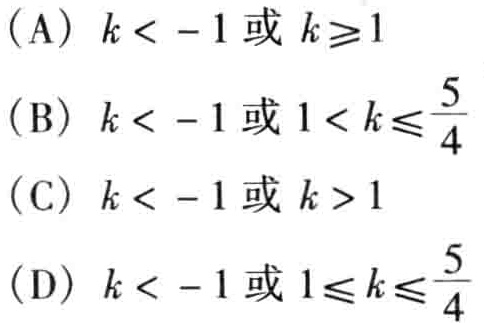
(A) \(k < - 1\)或\(k\geqslant1\)
(B) \(k < - 1\)或\(1 < k\leqslant\frac{5}{4}\)
(C) \(k < - 1\)或\(k > 1\)
(D) \(k < - 1\)或\(1\leqslant k\leqslant\frac{5}{4}\)